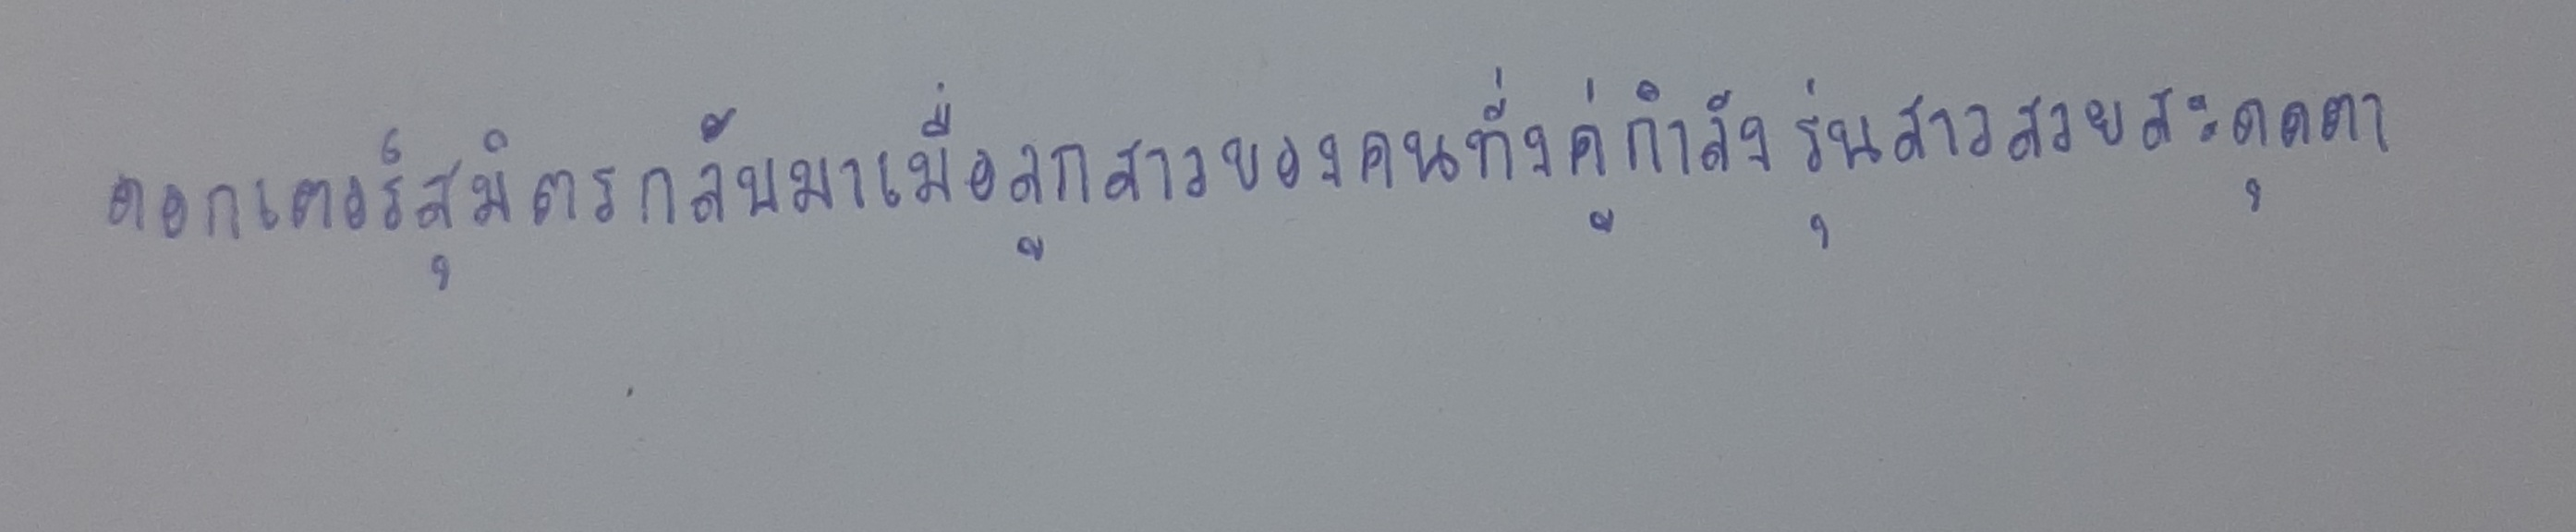
ดอกเตอร์สุมิตรกลับมาเมื่อลูกสาวของคนทั้งคู่กำลังรุ่นสาวสวยสะดุดตา